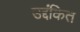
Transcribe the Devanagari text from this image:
उद्दंकित